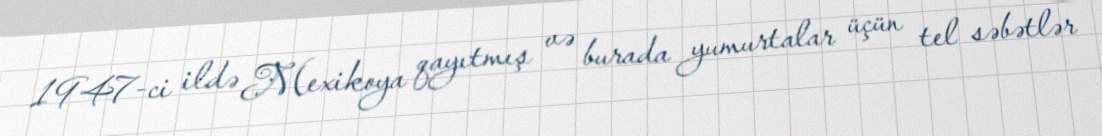
1947-ci ildə Mexikoya qayıtmış və burada yumurtalar üçün tel səbətlər